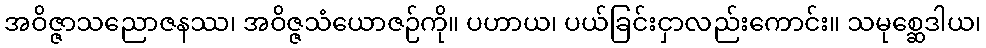
အဝိဇ္ဇာသညောဇနဿ၊ အဝိဇ္ဇသံယောဇဉ်ကို။ ပဟာယ၊ ပယ်ခြင်းငှာလည်းကောင်း။ သမုစ္ဆေဒါယ၊